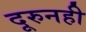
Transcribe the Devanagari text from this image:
दूरुनही